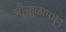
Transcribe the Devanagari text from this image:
चौसाळामधून